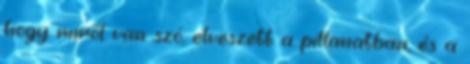
hogy miről van szó, elveszett a pillanatban, és a